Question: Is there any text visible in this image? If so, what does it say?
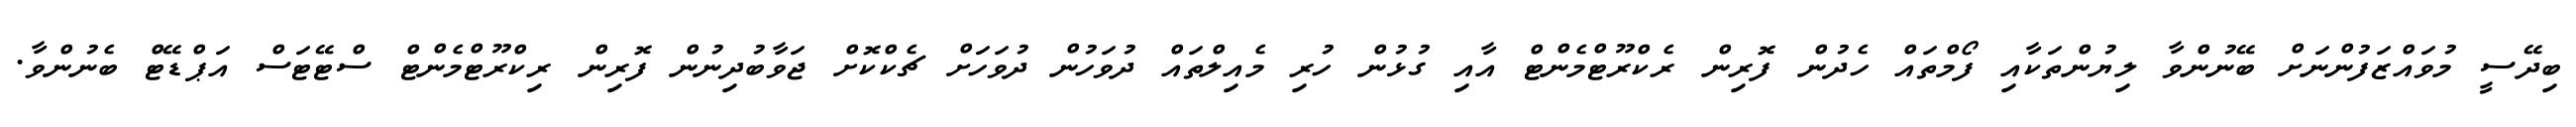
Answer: ބިދޭސީ މުވައްޒަފުންނަށް ބޭނުންވާ ލިޔުންތަކާއި ފޯމްތައް ހެދުން ފޮރިން ރެކްރޫޓްމެންޓް އާއި ގުޅުން ހުރި މެއިލްތައް ދުވަހުން ދުވަހަށް ޗެކްކޮށް ޖަވާބުދިނުން ފޮރިން ރިކްރޫޓްމެންޓް ސްޓޭޓަސް އަޕްޑޭޓް ބެނުންވާ.